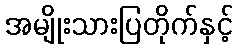
အမျိုးသားပြတိုက်နှင့်